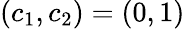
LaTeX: (c_{1},c_{2})=(0,1)